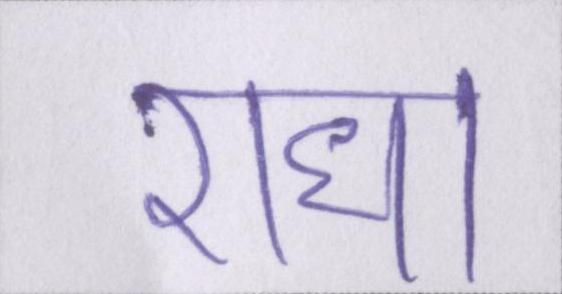
राधा